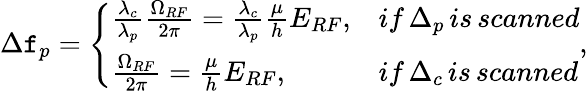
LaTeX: \Delta\mathtt{f}_{p}=\left\{ \begin{array}{ll}{\frac{\lambda_{c}}{\lambda_{p}}\frac{\Omega_{RF}}{2\pi}=\frac{\lambda_{c}}{\lambda_{p}}\frac{\mu}{h}E_{RF},}&{if\, \Delta_{p}\, is\, scanned}\\ {\frac{\Omega_{RF}}{2\pi}=\frac{\mu}{h}E_{RF},}&{if\, \Delta_{c}\, is\, scanned}\end{array}\right.,